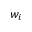
w _ { i }